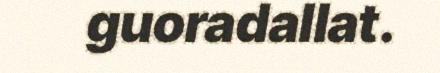
guoradallat.